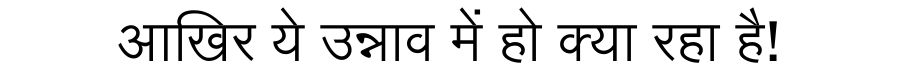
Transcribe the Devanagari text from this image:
आखिर ये उन्नाव में हो क्या रहा है!